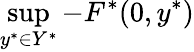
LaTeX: \operatorname*{sup}_{y^{*}\in Y^{*}}-F^{*}(0,y^{*})